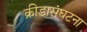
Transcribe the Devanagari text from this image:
क्रीडासंघटना